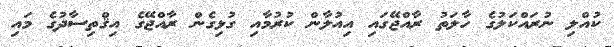
ކުއްލި ނުރައްކަލުގެ ހާލަތު ރާއްޖޭގައި އިއުލާން ކުރުމާއި ގުޅިގެން ރާއްޖޭގެ އިޤްތިސާދުގެ މައި